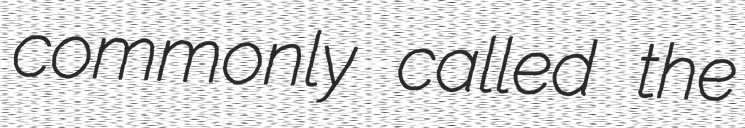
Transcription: commonly called the